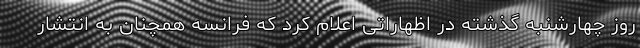
روز چهارشنبه گذشته در اظهاراتی اعلام کرد که فرانسه همچنان به انتشار